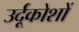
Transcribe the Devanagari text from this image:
उर्दूकोशों